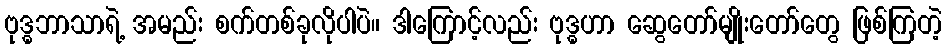
ဗုဒ္ဓဘာသာရဲ့ အမည်း စက်တစ်ခုလိုပါပဲ။ ဒါကြောင့်လည်း ဗုဒ္ဓဟာ ဆွေတော်မျိုးတော်တွေ ဖြစ်ကြတဲ့